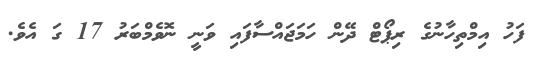
ފަހު އިމްތިހާނުގެ ރިޕޯޓް ދޭން ހަމަޖައްސާފައި ވަނީ ނޮވެމްބަރު 17 ގަ އެވެ.